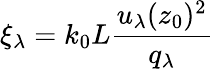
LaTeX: \xi_{\lambda}=k_{0}L\frac{u_{\lambda}(z_{0})^{2}}{q_{\lambda}}